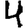
Digit: 4